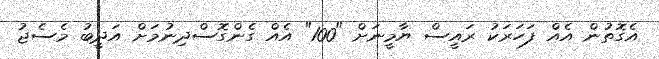
އެގޮތުން އެއް ފަހަރަކު ރައީސް ޔާމީނަށް "100" އެއް ގެންގޮސްދިނުމަށް އަދީބު މެސެޖު